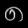
Digit: ၈